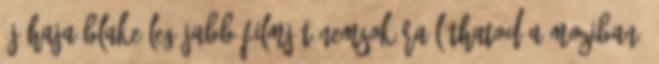
új haja Blake legújabb filmjét nemsokára láthatod a moziban.